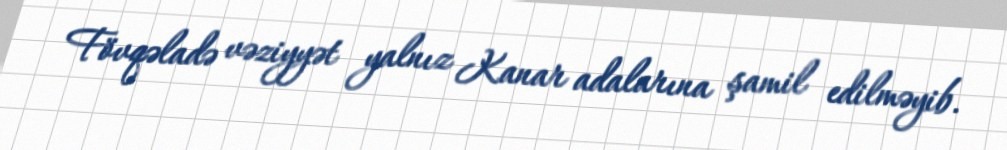
Fövqəladə vəziyyət yalnız Kanar adalarına şamil edilməyib.